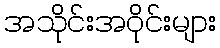
အသိုင်းအဝိုင်းများ